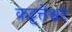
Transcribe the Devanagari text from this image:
कट्टत्तेश्वर